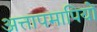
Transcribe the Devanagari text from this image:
अत्तापमापियों